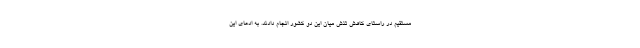
مستقیم در راستای کاهش تنش میان این دو کشور انجام دادند. به ادعای این